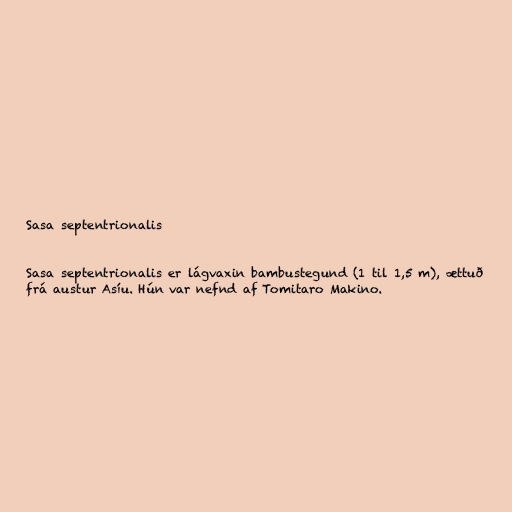
Sasa septentrionalis

Sasa septentrionalis er lágvaxin bambustegund (1 til 1,5 m), ættuð
frá austur Asíu. Hún var nefnd af Tomitaro Makino.